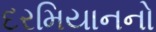
દરમિયાનનો